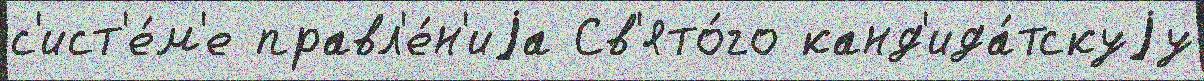
с'ист'е́м'е правл'е́н'иjа Св'ято́го канд'ида́тскуjу